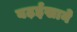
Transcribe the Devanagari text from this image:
बढ़ईखाने